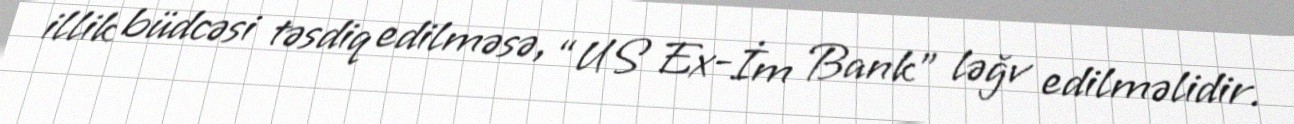
illik büdcəsi təsdiq edilməsə, “US Ex-İm Bank” ləğv edilməlidir.